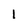
Character: l